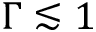
\Gamma \lesssim 1